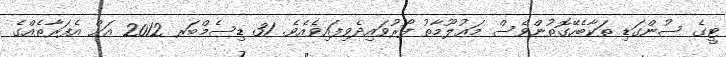
ޓީގެ ސުންގަޑި ތަކާބެހޭގޮތުންވެސް މަޢުލޫމާތު ފޯރުވައިދެވިފައިވެއެވެ. 31 ޑިސެމްބަރ 2012 އަށް އެފަރާތެއްގެ